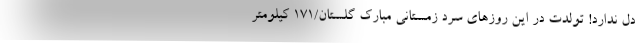
دل ندارد! تولدت در این روز‌های سرد زمستانی مبارک گلستان/۱۷۱ کیلومتر